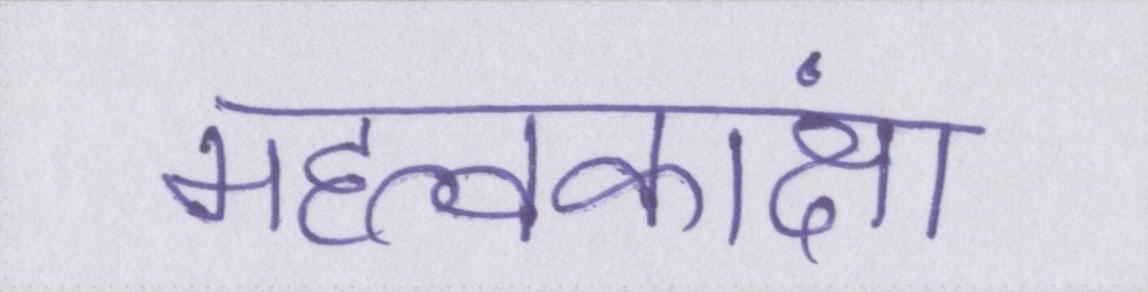
महत्वकांक्षा